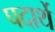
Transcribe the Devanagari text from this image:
पदार्थे